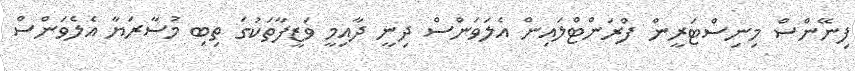
ފިނޭންސް މިނިސްޓަރީން ފްރަންޓްލައިން އެލަވަންސް ދިނީ ދާއިމީ ވަޒީފާތަކުގަ ތިބި މުސާރަޔާ އެލެވަންސް